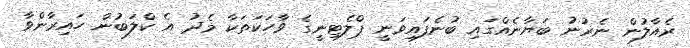
ރެއާލުން ނެރުނު ބަޔާނެއްގައި ބުނެފައިވަނީ ޕްލެޓިނީގެ ވާހަކަތަކާ މެދު އެ ކްލަބުން ހައިރާންވާ